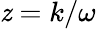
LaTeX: \mathit{z}=k/\omega